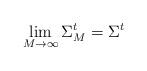
LaTeX: \begin{align*}\lim_{M \to \infty} \Sigma^t_M = \Sigma^t\end{align*}